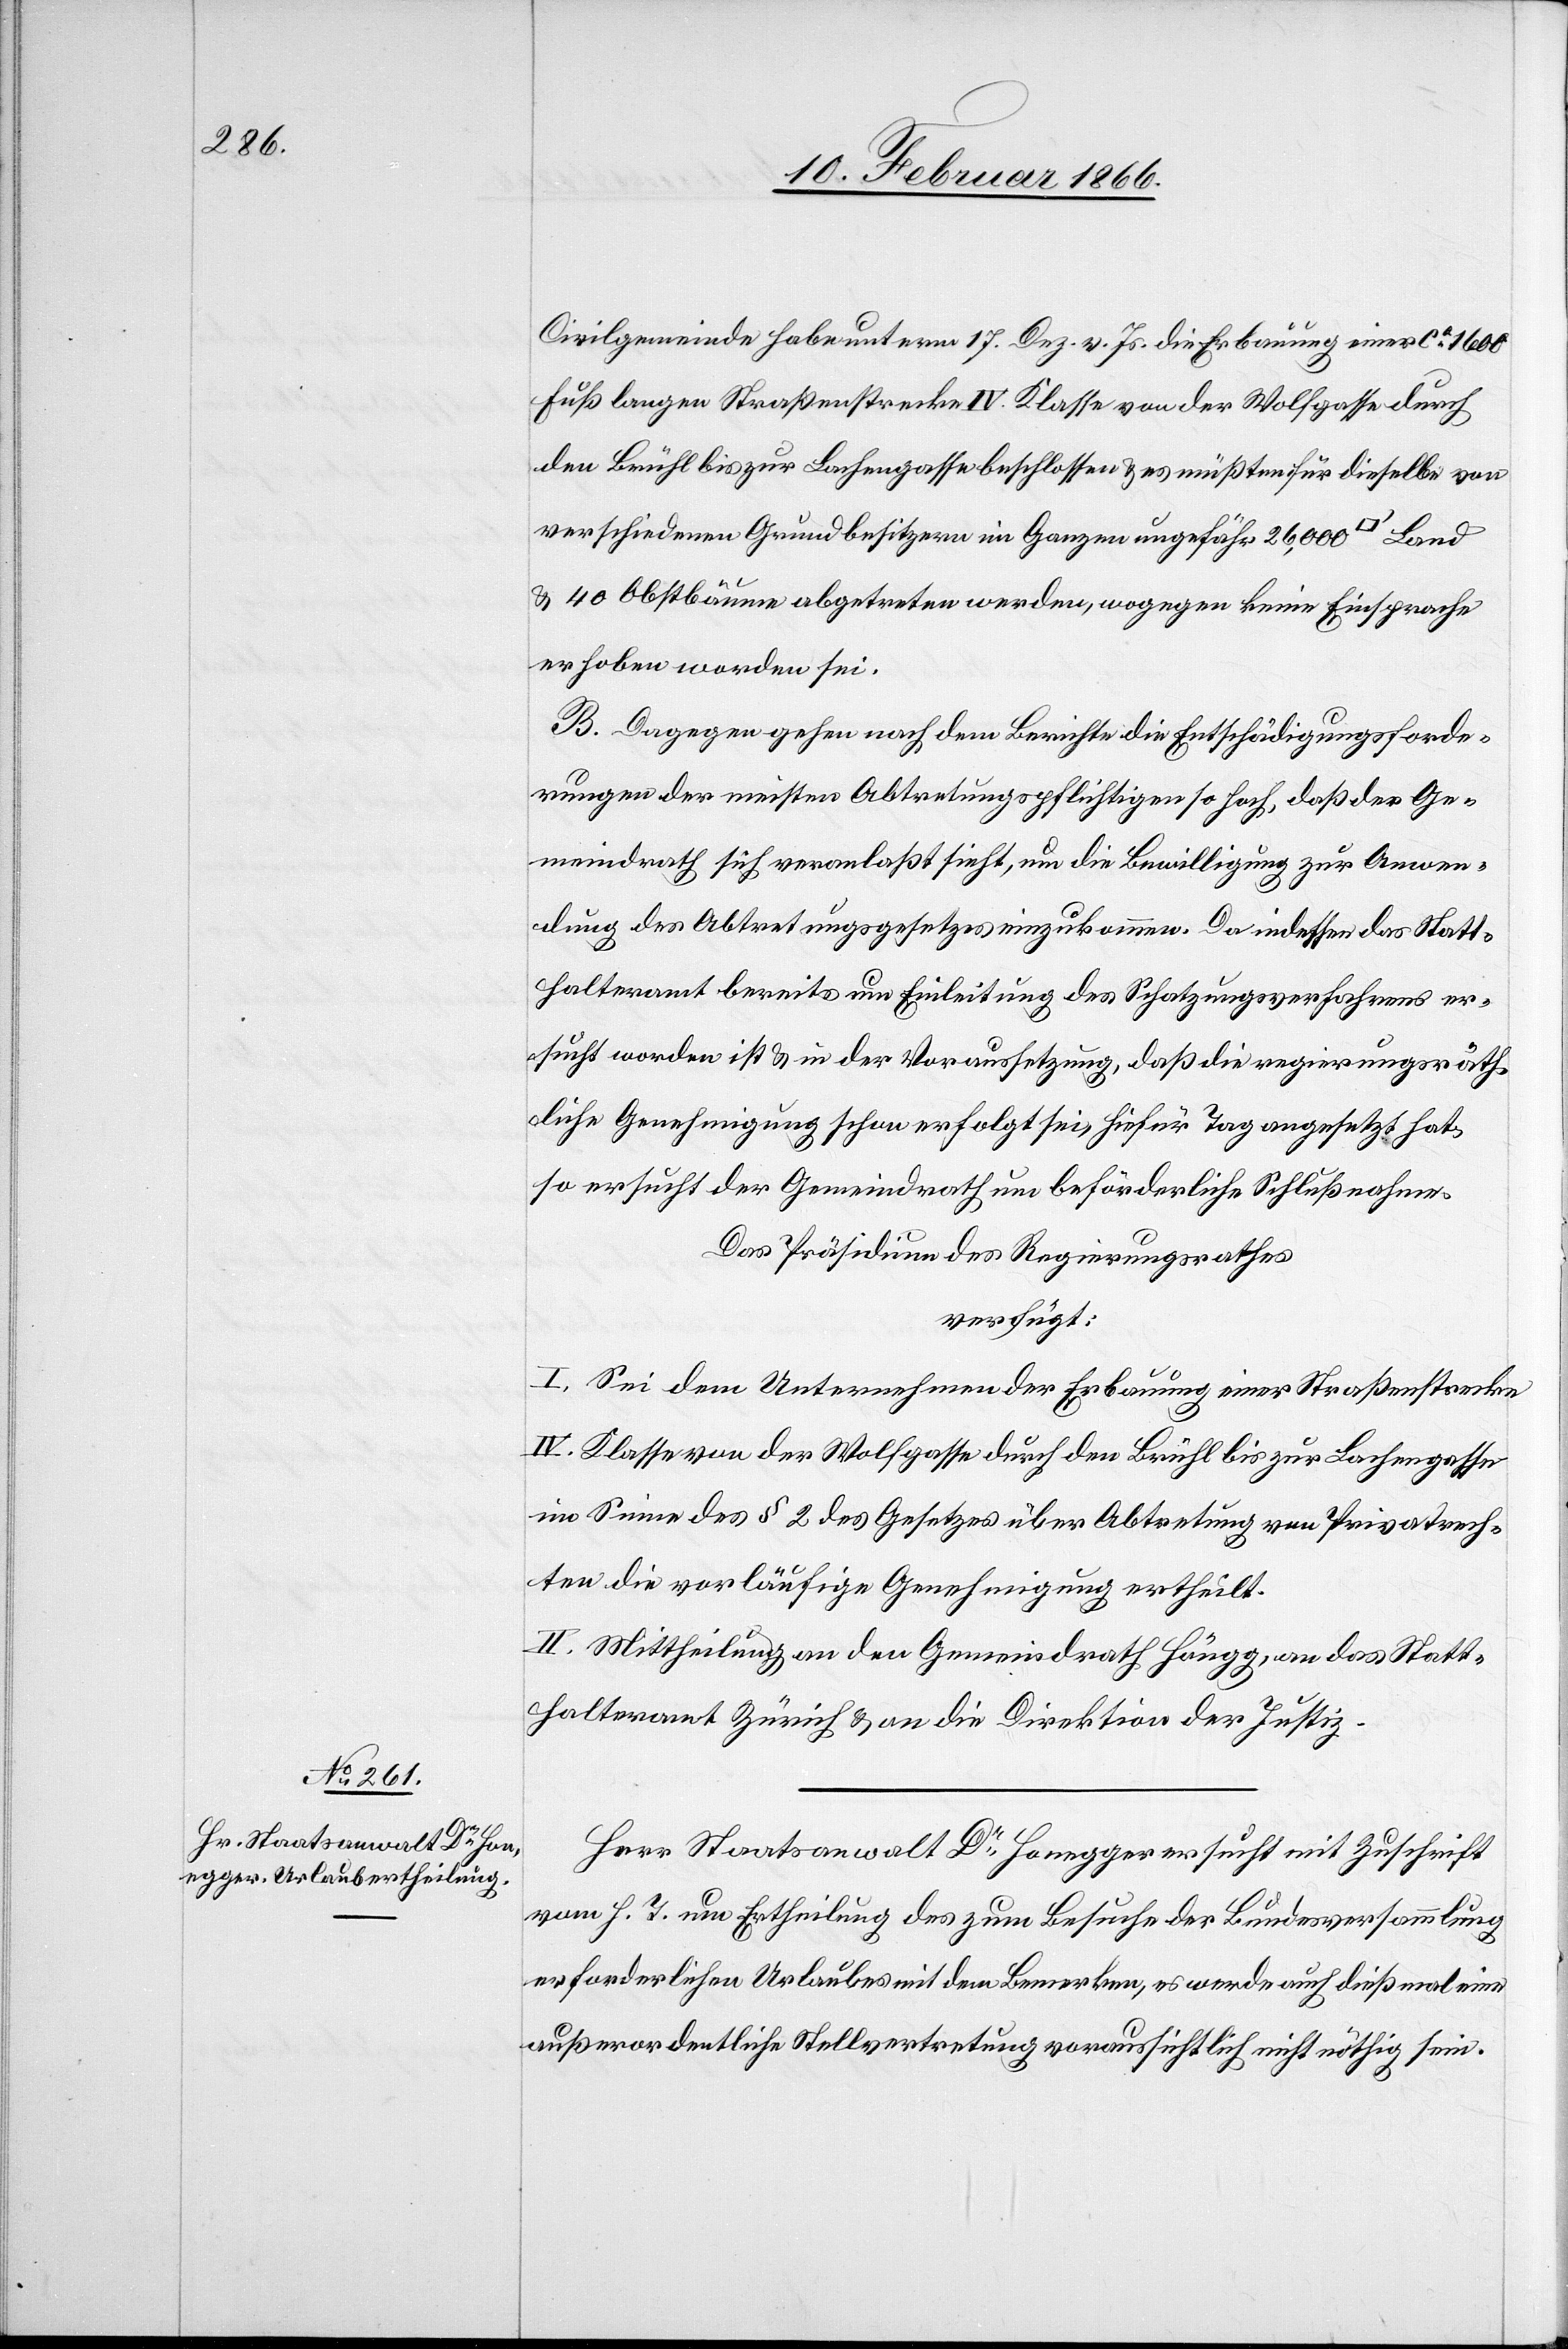
17. Februar 1866.]
Civilgemeinde habe unterm 17. Dez. v. Js. die Erbauung einer ca. 1600
Fuß langen Straßenstrecke IV. Klasse von der Wolfgasse durch
den Brühl bis zur Bachengasse beschlossen u. es müßten für dieselbe von
verschiedenen Grundbesitzern im Ganzen ungefähr 26 000 Quadratfuß Land
u. 40 Obstbäume abgetreten werden, wogegen keine Einsprache
erhoben worden sei.
B. Dagegen gehen nach dem Berichte die Entschädigungsforde¬
rungen der meisten Abtretungspflichtigen so hoch, daß der Ge¬
meindrath sich veranlaßt sieht, um die Bewilligung zur Anwen¬
dung des Abtretungsgesetzes einzukommen. Da indessen das Statt¬
halteramt bereits um Einleitung des Schatzungsverfahrens er¬
sucht worden ist u. in der Voraussetzung, daß die regierungsräth¬
liche Genehmigung schon erfolgt sei, hiefür Tag angesetzt hat,
so ersucht der Gemeindrath beförderliche Schlußnahme.
Das Präsidium des Regierungsrathes,
verfügt:
I. Sei dem Unternehmen der Erbauung einer Straßenstrecke
IV. Klasse von der Wolfgasse durch den Brühl bis zur Bachengasse
im Sinne des § 2 des Gesetzes über Abtretung von Privatrech¬
ten die vorläufige Genehmigung ertheilt.
II. Mittheilung an den Gemeindrath Höngg, an das Statt¬
halteramt Zürich u. an die Direktion der Justiz.
Herr Staatsanwalt Dr. Honegger ersucht mit Zuschrift
vom h. T. um Ertheilung des zum Besuche der Bundesversammlung
erforderlichen Urlaubes mit dem Bemerken, es werde auch dießmal eine
außerordentliche Stellvertretung voraussichtlich nicht nöthig sein.